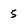
Character: S